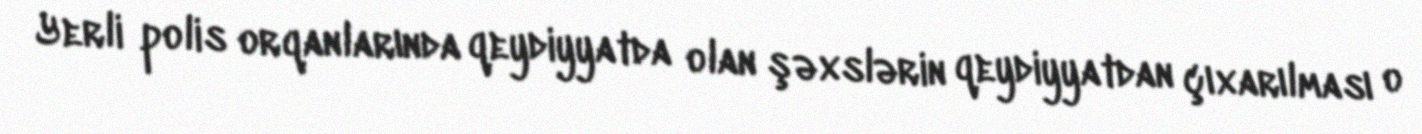
Yerli polis orqanlarında qeydiyyatda olan şəxslərin qeydiyyatdan çıxarılması o